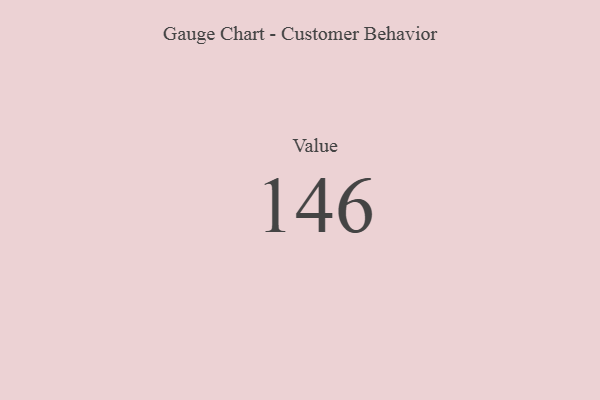
{"axis": {"x": "Metric", "y": "Value"}, "legend": [""], "data": [{"x": "Value", "y": 146, "type": ""}]}